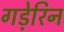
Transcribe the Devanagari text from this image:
गड़ेरिन